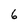
Character: 6